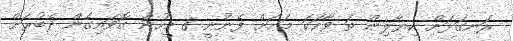
ރަނގަޅަށް ކިޔާލިން ތަ ވާހަކަ މަށަށް ފެނުނީ 8 މީހުން ގޮވައިގެން ދެބުރަށް